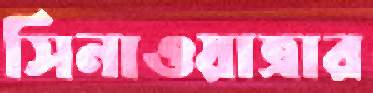
সিনাওয়াত্রার